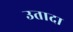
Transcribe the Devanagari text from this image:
उतादा